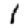
Digit: 1